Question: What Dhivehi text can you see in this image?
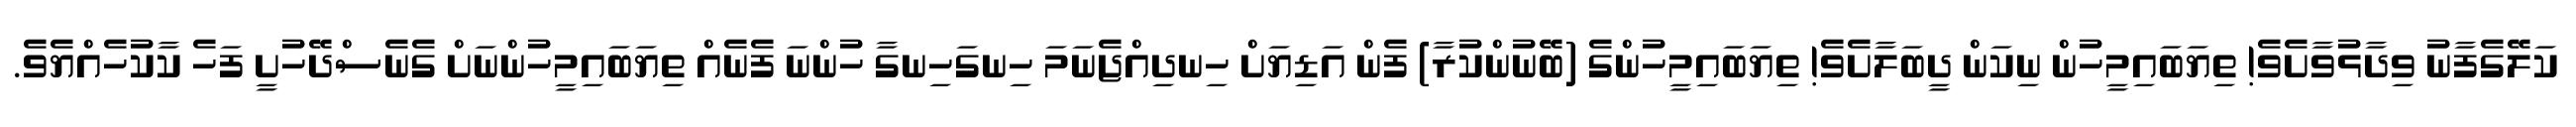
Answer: ކަލޭގެފާނު ވިދާޅުވާށެވެ! ތިޔަބައިމީހުން ނިކަން ދީބަލާށެވެ! ތިޔަބައިމީހުންގެ (ބޭނުންކުރާ) ފެން އަޑިޔަށް ހިނދިއްޖެނަމަ ހިނގަހިނގާ ހުންނަ ފެނެއް ތިޔަބައިމީހުންނަށް ގެނެސްދޭހުށީ ފަހެ ކާކުހެއްޔެވެ.